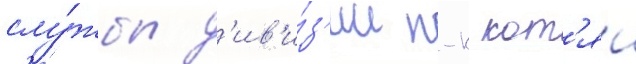
слу́жбы д'ив'и́з'ии п-к кот'яи